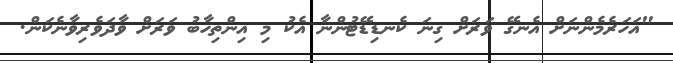
"އަހަރެމެންނަށް އެނގޭ ވަރަށް ގިނަ ކެނޑިޑޭޓުންނާ އެކު މި އިންތިހާބު ވަރަށް ވާދަވެރިވާނެކަން.